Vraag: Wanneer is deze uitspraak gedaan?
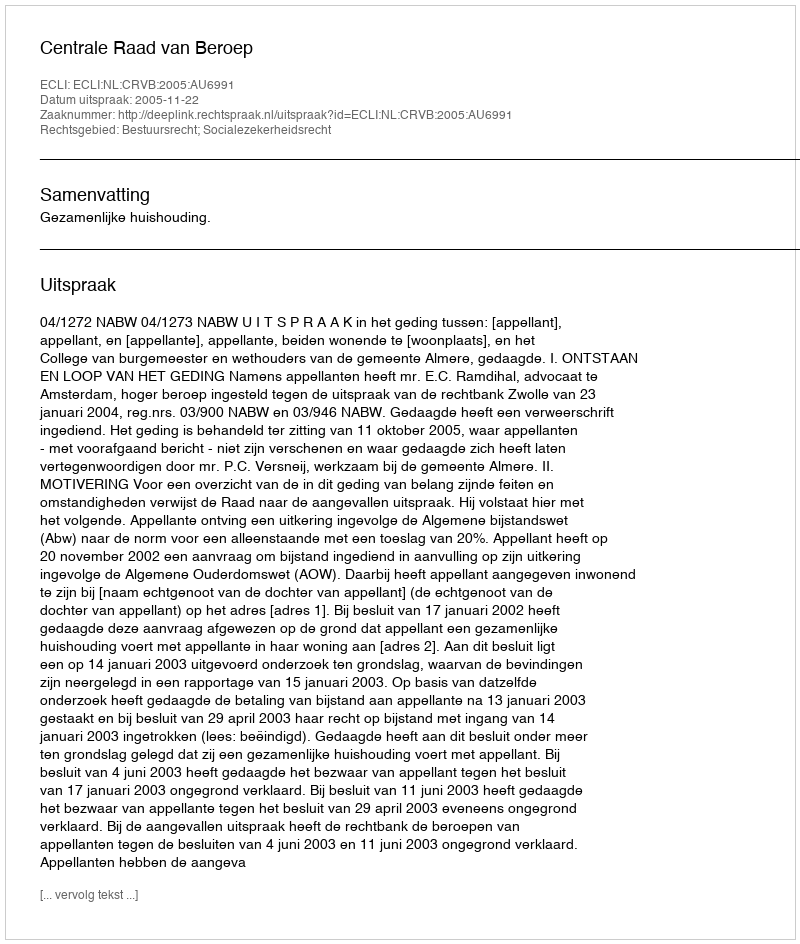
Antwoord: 2005-11-22